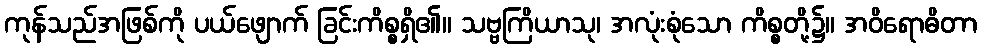
ကုန်သည်အဖြစ်ကို ပယ်ဖျောက် ခြင်းကိစ္စရှိ၏။ သဗ္ဗကြိယာသု၊ အလုံးစုံသော ကိစ္စတို့၌။ အဝိရောဓိတာ